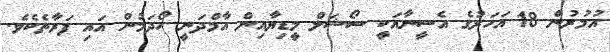
އުމުރުން 18 އަހަރުގެ އެސީނާއަކީ ސޯޝަލް މީޑިޔާއިން އާމްދަނީ ހޯދަމުން އައި ފަރާތެކެވެ.